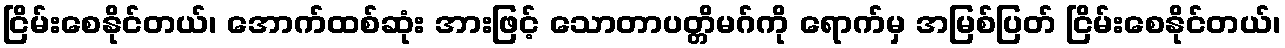
ငြိမ်းစေနိုင်တယ်၊ အောက်ထစ်ဆုံး အားဖြင့် သောတာပတ္တိမဂ်ကို ရောက်မှ အမြစ်ပြတ် ငြိမ်းစေနိုင်တယ်၊